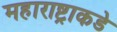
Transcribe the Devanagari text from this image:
महाराष्ट्राकडे